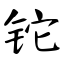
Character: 铊